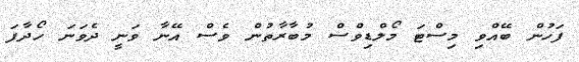
ފަހުން ބޭއްވި މިސްޓަ މޯލްޑިވްސް މުބާރާތުން ވެސް އޭނާ ވަނީ ދެވަނަ ހޯދާފަ